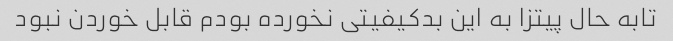
تابه حال پیتزا به این بدکیفیتی نخورده بودم قابل خوردن نبود